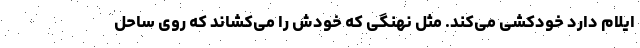
ایلام دارد خودکشی می‌کند. مثل نهنگی که خودش را می‌کشاند که روی ساحل